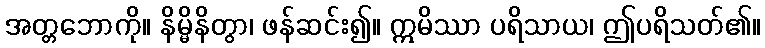
အတ္တဘောကို။ နိမ္မိနိတွာ၊ ဖန်ဆင်း၍။ ဣမိဿာ ပရိသာယ၊ ဤပရိသတ်၏။